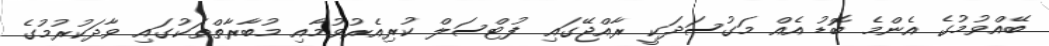
ބޭއްވުމުގެ އެންމެ ބޮޑު އެއް މަގުސަދަކީ ރާއްޖޭގައި ފުޓްސަލް ކުރިއެރުވުމާއި މުބާރާތްތަކުގައި ވާދަކުރުމުގެ